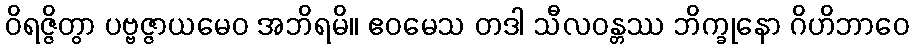
ဝိရဇ္ဇိတွာ ပဗ္ဗဇ္ဇာယမေဝ အဘိရမိ။ ဧဝမေသ တဒါ သီလဝန္တဿ ဘိက္ခုနော ဂိဟိဘာဝေ